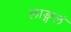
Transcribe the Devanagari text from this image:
लाङ्गलं